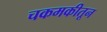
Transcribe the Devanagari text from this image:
चकमकीतून